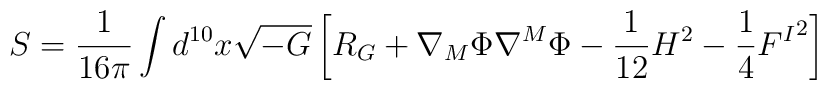
S=\frac{1}{16\pi}\int d^{10} x \sqrt{-G} \left[ R_G + \nabla_M\Phi \nabla^M\Phi - \frac{1}{12} H^2 - \frac14 {F^I}^2 \right]